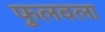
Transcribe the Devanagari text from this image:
फुलवला